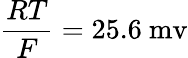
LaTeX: \frac{RT}{F}=25.6~\mathrm{mv}